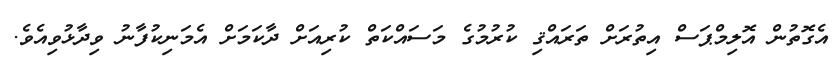
އެގޮތުން އޮލިމްޕަސް އިތުރަށް ތަރައްޤި ކުރުމުގެ މަސައްކަތް ކުރިއަށް ދާކަމަށް އެމަނިކުފާނު ވިދާޅުވިއެވެ.